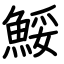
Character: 鮾